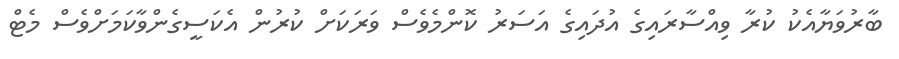
ބާރުވަޔާއެކު ކުރާ ވިއްސާރައިގެ އުދައިގެ އަސަރު ކޮންމެވެސް ވަރަކަށް ކުރުން އެކަސީގެންވާކަމަށްވެސް މެޓް